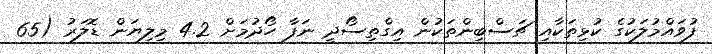
ފުވައްމުލަކުގެ ކުޅިތަކާއި ޗަސްބިންތަކުން އިގްތިސޯދީ ނަފާ ހޯދުމަށް 4.2 މިލިޔަން ޑޮލަރު (65